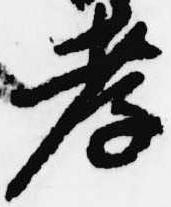
孝